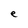
Character: e